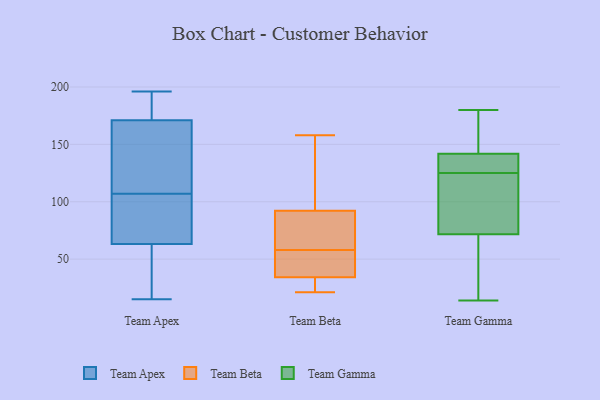
{"axis": {"x": "Active Users", "y": "Value"}, "legend": ["Team Apex", "Team Beta", "Team Gamma"], "data": [{"x": "", "y": 61, "type": "Team Apex"}, {"x": "", "y": 154, "type": "Team Apex"}, {"x": "", "y": 196, "type": "Team Apex"}, {"x": "", "y": 74, "type": "Team Apex"}, {"x": "", "y": 193, "type": "Team Apex"}, {"x": "", "y": 170, "type": "Team Apex"}, {"x": "", "y": 181, "type": "Team Apex"}, {"x": "", "y": 156, "type": "Team Apex"}, {"x": "", "y": 18, "type": "Team Apex"}, {"x": "", "y": 174, "type": "Team Apex"}, {"x": "", "y": 51, "type": "Team Apex"}, {"x": "", "y": 15, "type": "Team Apex"}, {"x": "", "y": 75, "type": "Team Apex"}, {"x": "", "y": 140, "type": "Team Apex"}, {"x": "", "y": 64, "type": "Team Apex"}, {"x": "", "y": 89, "type": "Team Apex"}, {"x": "", "y": 107, "type": "Team Apex"}, {"x": "", "y": 80, "type": "Team Beta"}, {"x": "", "y": 28, "type": "Team Beta"}, {"x": "", "y": 104, "type": "Team Beta"}, {"x": "", "y": 100, "type": "Team Beta"}, {"x": "", "y": 158, "type": "Team Beta"}, {"x": "", "y": 29, "type": "Team Beta"}, {"x": "", "y": 42, "type": "Team Beta"}, {"x": "", "y": 35, "type": "Team Beta"}, {"x": "", "y": 21, "type": "Team Beta"}, {"x": "", "y": 58, "type": "Team Beta"}, {"x": "", "y": 34, "type": "Team Beta"}, {"x": "", "y": 57, "type": "Team Beta"}, {"x": "", "y": 51, "type": "Team Beta"}, {"x": "", "y": 88, "type": "Team Beta"}, {"x": "", "y": 100, "type": "Team Beta"}, {"x": "", "y": 24, "type": "Team Beta"}, {"x": "", "y": 93, "type": "Team Beta"}, {"x": "", "y": 90, "type": "Team Beta"}, {"x": "", "y": 75, "type": "Team Beta"}, {"x": "", "y": 105, "type": "Team Gamma"}, {"x": "", "y": 162, "type": "Team Gamma"}, {"x": "", "y": 144, "type": "Team Gamma"}, {"x": "", "y": 123, "type": "Team Gamma"}, {"x": "", "y": 158, "type": "Team Gamma"}, {"x": "", "y": 69, "type": "Team Gamma"}, {"x": "", "y": 80, "type": "Team Gamma"}, {"x": "", "y": 42, "type": "Team Gamma"}, {"x": "", "y": 14, "type": "Team Gamma"}, {"x": "", "y": 135, "type": "Team Gamma"}, {"x": "", "y": 145, "type": "Team Gamma"}, {"x": "", "y": 46, "type": "Team Gamma"}, {"x": "", "y": 128, "type": "Team Gamma"}, {"x": "", "y": 131, "type": "Team Gamma"}, {"x": "", "y": 129, "type": "Team Gamma"}, {"x": "", "y": 180, "type": "Team Gamma"}, {"x": "", "y": 65, "type": "Team Gamma"}, {"x": "", "y": 125, "type": "Team Gamma"}, {"x": "", "y": 113, "type": "Team Gamma"}]}